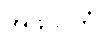
အဖုသိတံ